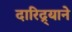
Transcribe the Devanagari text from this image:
दारिद्र्याने